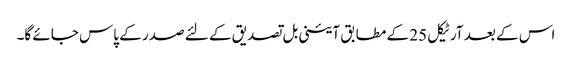
اس کے بعد آرٹیکل 25 کے مطابق آئینی بل تصدیق کے لئے صدر کے پاس جائے گا۔